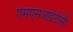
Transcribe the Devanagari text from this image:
एमएसआईटीसी